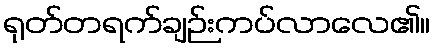
ရုတ်တရက်ချဉ်းကပ်လာလေ၏။